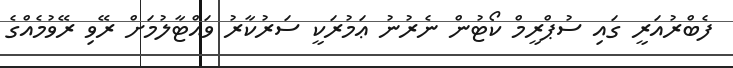
ފެބްރުއަރީ ގައި ސުޕްރީމް ކޯޓުން ނެރުނު ޢަމުރަކީ ސަރުކާރު ވައްޓާލުމަށް ރޭވި ރޭވުމެއްގެ